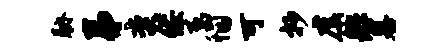
胁弟奕佞属悃可抄虞舴墓